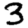
Digit: 3